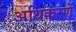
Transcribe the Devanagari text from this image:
अधिकरणें